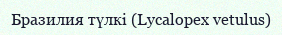
Бразилия түлкі (Lycalopex vetulus)